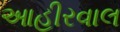
આહીરવાલ